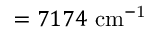
= 7 1 7 4 ~ \mathrm { { c m ^ { - 1 } } }